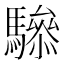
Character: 𲌂